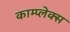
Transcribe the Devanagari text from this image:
काम्‍प्‍लेक्स